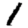
Digit: 1